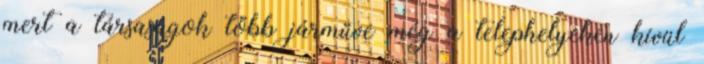
mert a társaságok több járműve még a telephelyeken kívül